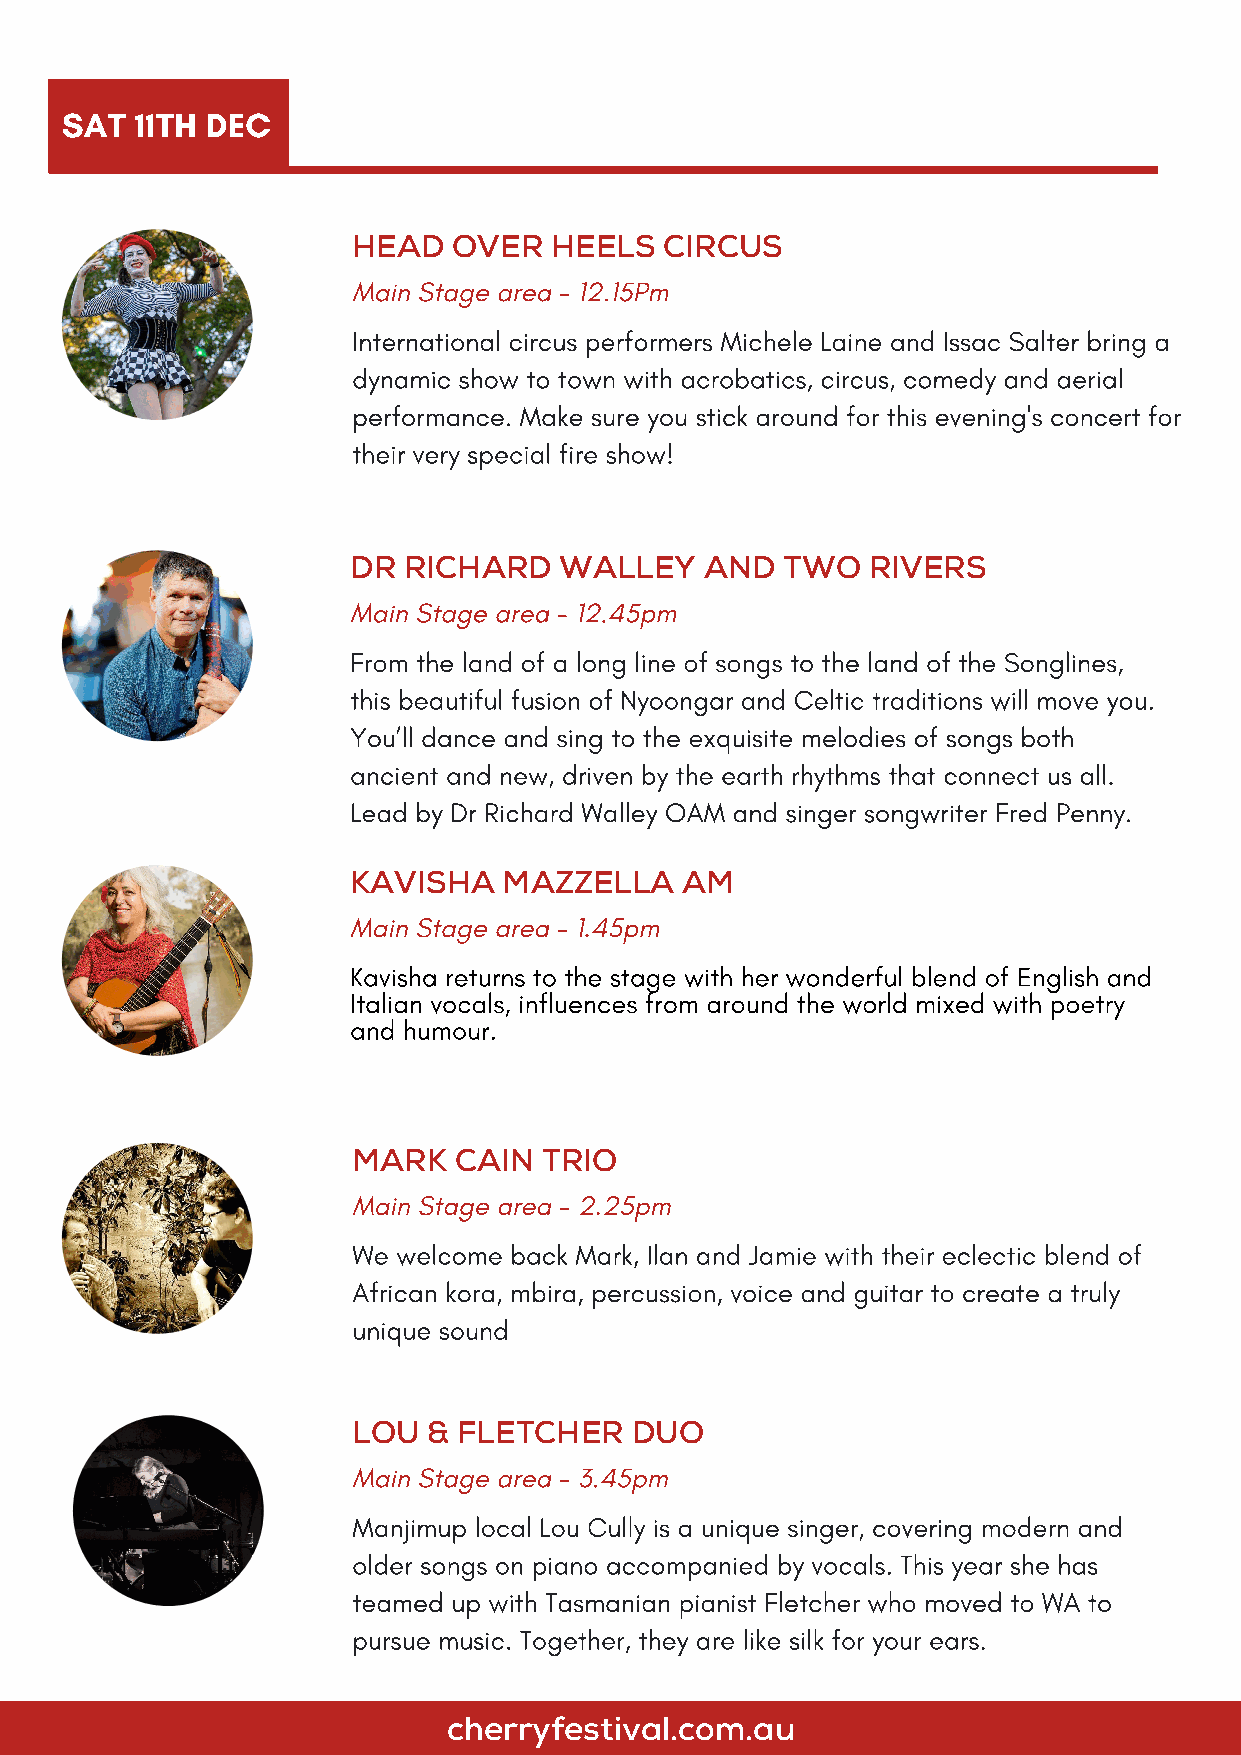
SAT  11TH DEC
 HEAD   OVER  HEELS   CIRCUS
 Main Stage area - 12.15Pm
 International circus performers Michele Laine and Issac Salter bring a
 dynamic show to town with acrobatics, circus, comedy and aerial
 performance. Make sure you stick around for this evening's concert for
 their very special fire show!
 DR  RICHARD   WALLEY    AND  TWO  RIVERS
 Main Stage area - 12.45pm
 From the land of a long line of songs to the land of the Songlines,
 this beautiful fusion of Nyoongar and Celtic traditions will move you.
 You’ll dance and sing to the exquisite melodies of songs both
 ancient and new, driven by the earth rhythms that connect us all.
 Lead by Dr Richard Walley OAM and singer songwriter Fred Penny.
 KAVISHA   MAZZELLA    AM
 Main Stage area - 1.45pm
 Kavisha returns to the stage with her wonderful blend of English and
 Italian vocals, influences from around the world mixed with poetry
 and humour.
 MARK   CAIN  TRIO
 Main Stage area - 2.25pm
 We welcome back Mark, Ilan and Jamie with their eclectic blend of
 African kora, mbira, percussion, voice and guitar to create a truly
 unique sound
 LOU  & FLETCHER    DUO
 Main Stage area - 3.45pm
 Manjimup local Lou Cully is a unique singer, covering modern and
 older songs on piano accompanied by vocals. This year she has
 teamed up with Tasmanian pianist Fletcher who moved to WA to
 pursue music. Together, they are like silk for your ears.
 cherryfestival.com.au